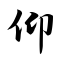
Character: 仰